Report of the Municipal Commissioner on the plague in Bombay for the year ending 31st May... - Volume 3
Disease focus: Plague
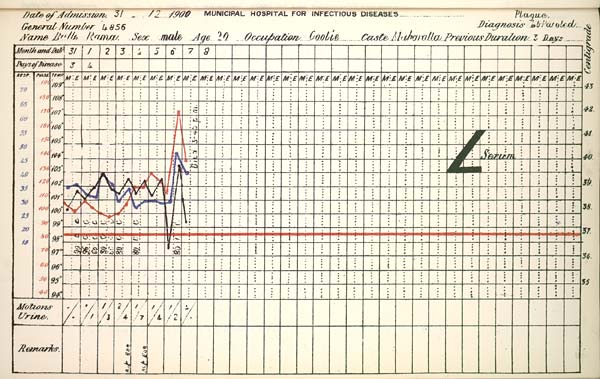
Date
of
Admission
1900
MUNICIPAL
HOSPITAL
FOR
INFECTIOUS
DISEASES.
General
Number
Diagnosis
Name
Sex
Age
Occupation
Caste
Previous
Duration